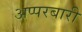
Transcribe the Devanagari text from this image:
अप्परबारी